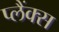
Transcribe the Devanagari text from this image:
प्लैंक्स